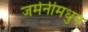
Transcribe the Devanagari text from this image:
जर्मनीमधुन